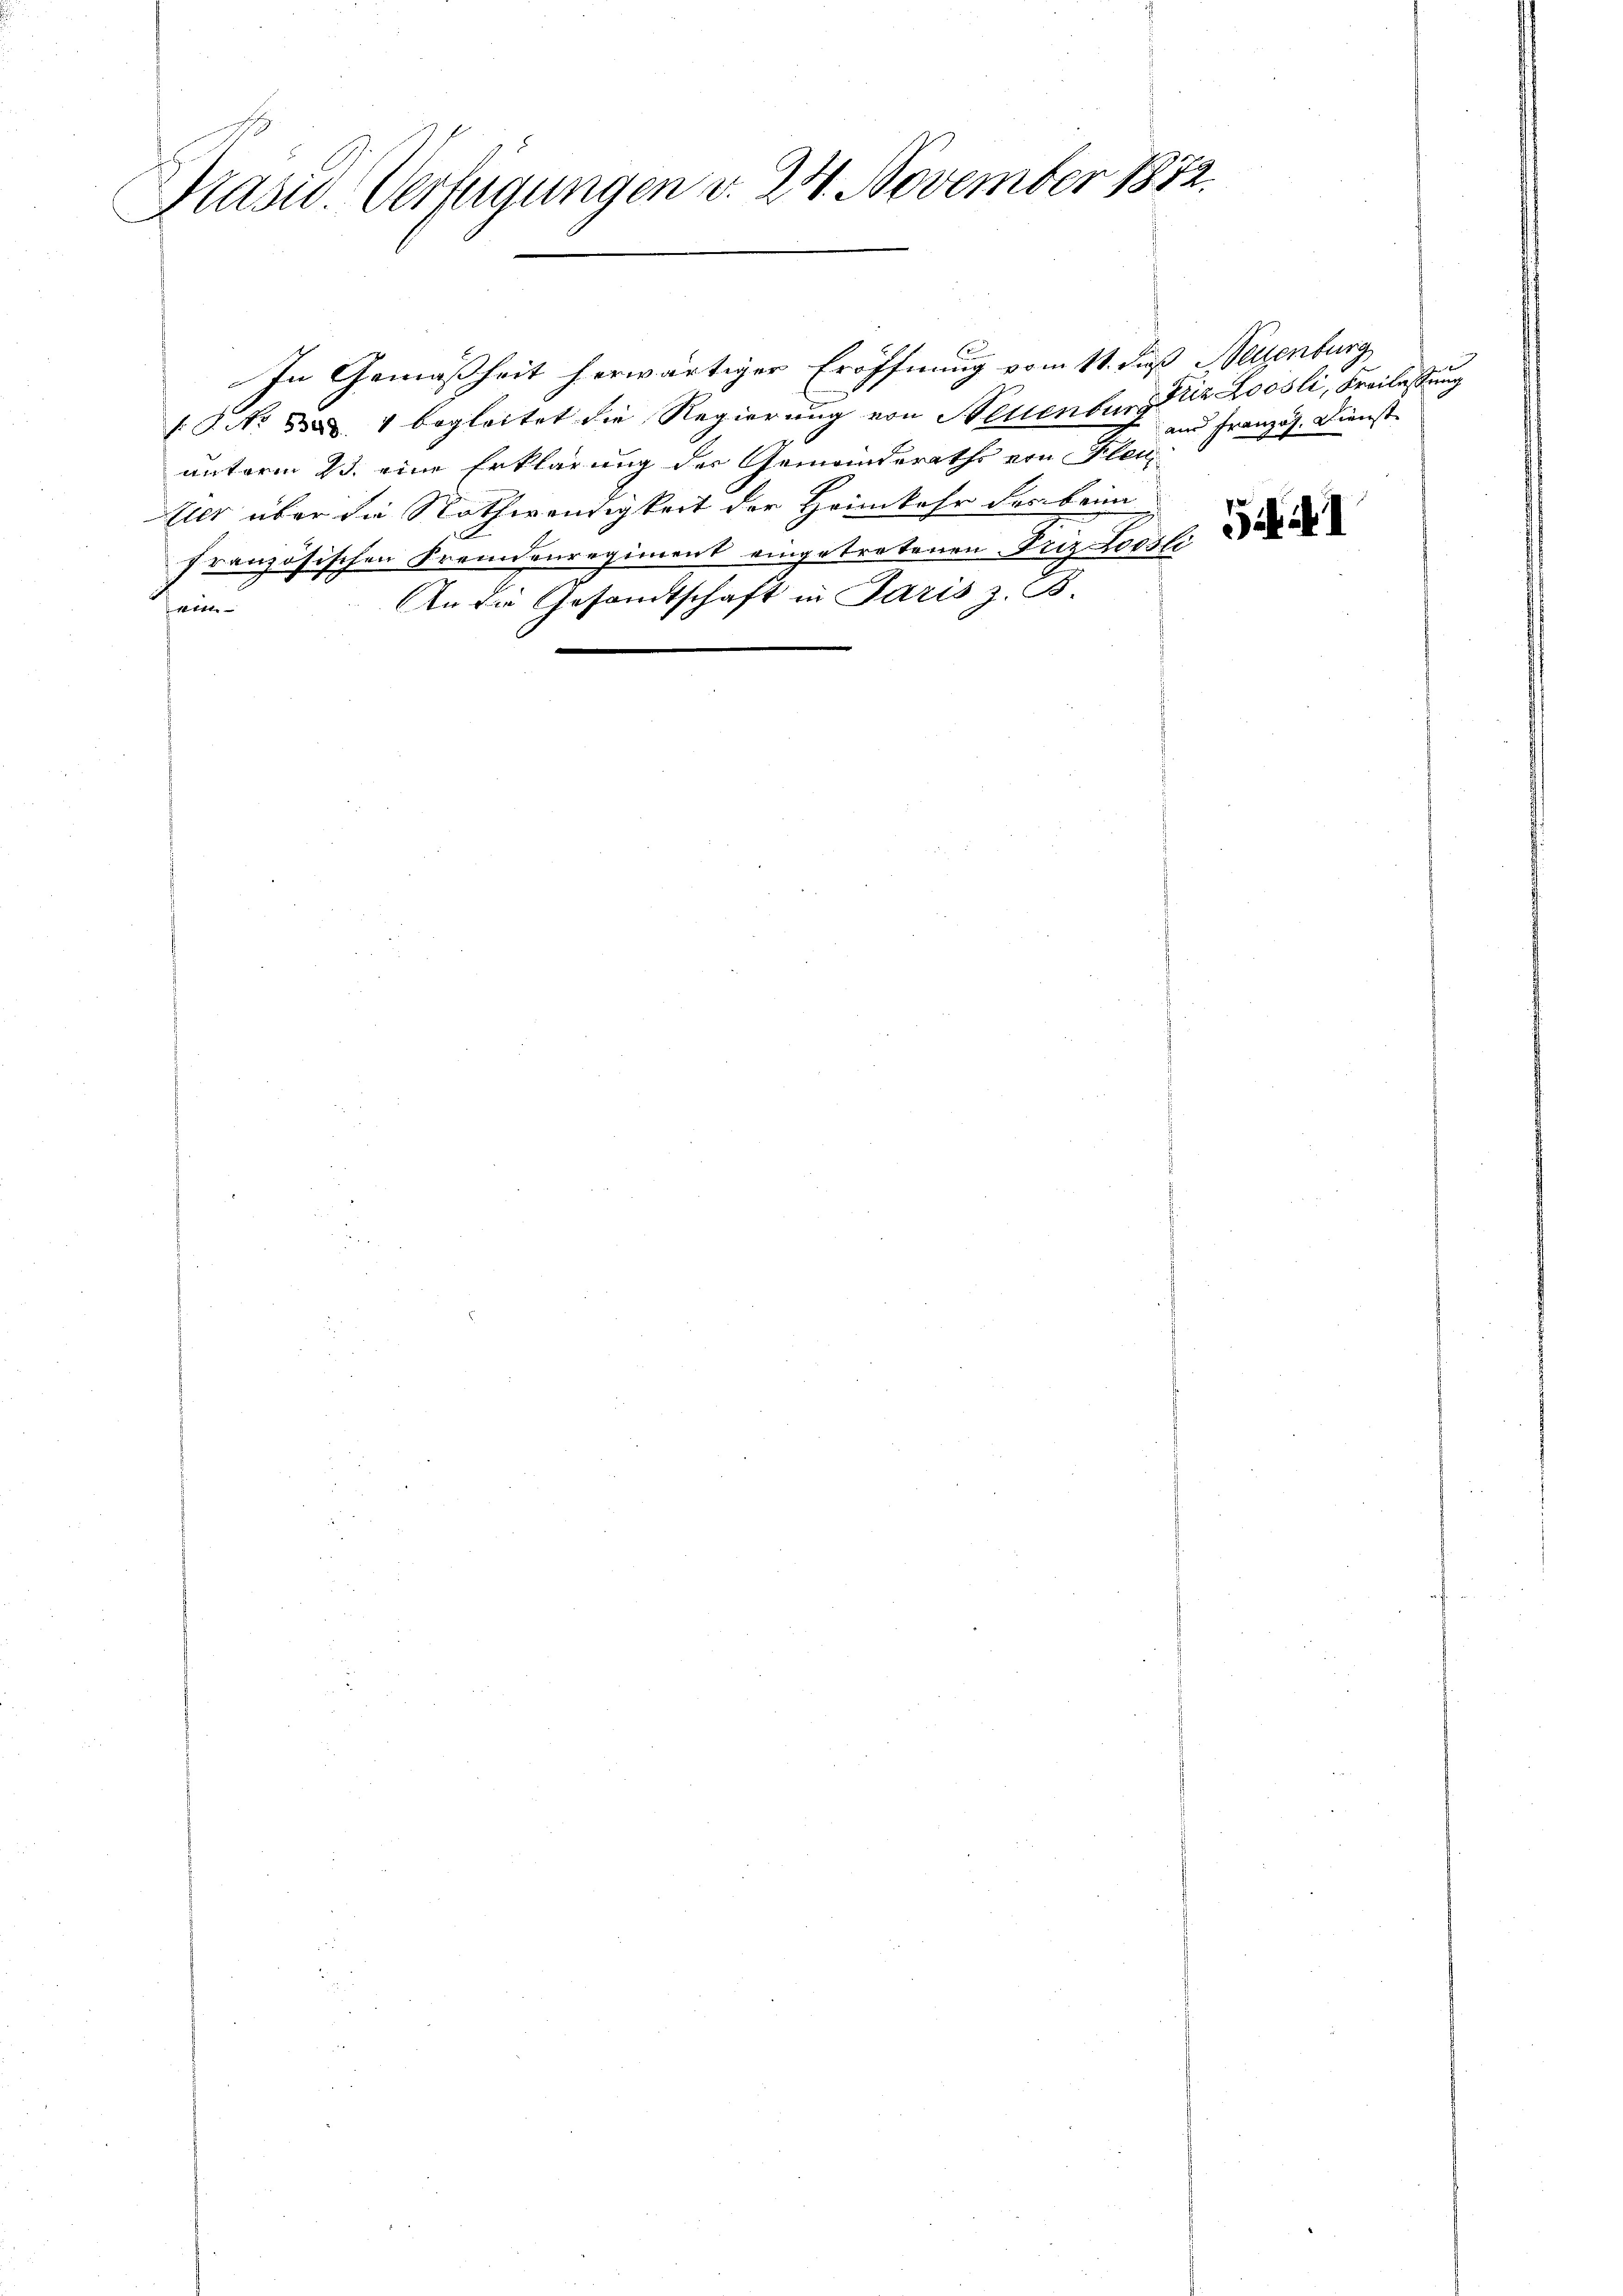
Kasid. Verfügungen v. 24. November 1872.

In Gemäßheit herwärtiger Eröffnung vom 11. daß Nellenburg
18. No 524 begleitet die Regierung von Neuenburg Piz Loosli, Freilassung
unterm 23. eine Erklärung der Gemeinderaths von Klei
Alls über die Nothwendigkeit der Heimkehr des beim
französischen Fremdenregiment eingetretenen. Die Locale de
An die Gesandtschaft in Paris z. B.
nin
.

aus Französ. Dienst